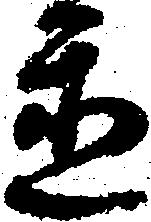
置